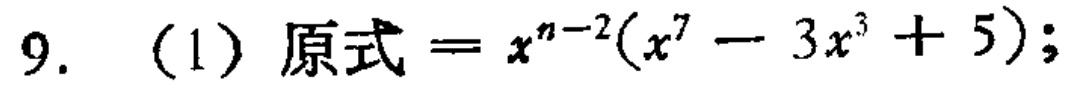
9. (1) 原式$=x^{n - 2}(x^{7} - 3x^{3} + 5);$